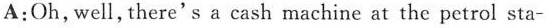
A:Oh,well,there's a cash machine at the petrol sta-